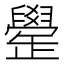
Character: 𦦯